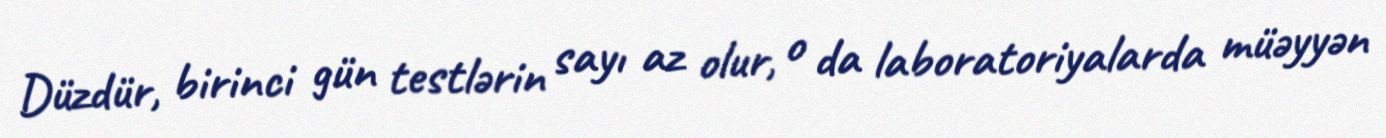
Düzdür, birinci gün testlərin sayı az olur, o da laboratoriyalarda müəyyən